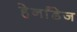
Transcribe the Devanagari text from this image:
हेर्नांडेज